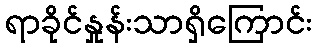
ရာခိုင်နှုန်းသာရှိကြောင်း